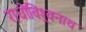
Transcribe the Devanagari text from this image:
राधोविश्र्वनाथ